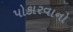
પોકારવાનો